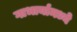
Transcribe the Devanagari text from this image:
गाभार्यामध्ये